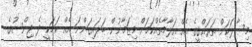
މިސާލަކަށް ތަރައްޤީގެ އެއް އަލާމާތެއްކަމަށް މިޒަމާނުން ބަލައިގަންނަ އެއް ކަމަކީ ދެ ޖިންސުގެ